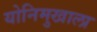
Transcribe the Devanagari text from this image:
योनिमुखाला